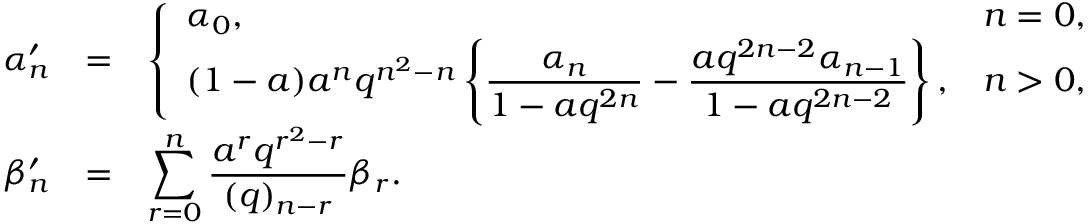
\begin{array} { r c l } { { \alpha _ { n } ^ { \prime } } } & { { = } } & { { \left\{ \begin{array} { l l } { { \alpha _ { 0 } , } } & { { n = 0 , } } \\ { { \displaystyle ( 1 - a ) a ^ { n } q ^ { n ^ { 2 } - n } \left\{ \frac { \alpha _ { n } } { 1 - a q ^ { 2 n } } - \frac { a q ^ { 2 n - 2 } \alpha _ { n - 1 } } { 1 - a q ^ { 2 n - 2 } } \right\} , } } & { { n > 0 , } } \end{array} \right. } } \\ { { \beta _ { n } ^ { \prime } } } & { { = } } & { { \displaystyle \sum _ { r = 0 } ^ { n } \frac { a ^ { r } q ^ { r ^ { 2 } - r } } { ( q ) _ { n - r } } \beta _ { r } . } } \end{array}